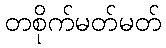
တစိုက်မတ်မတ်